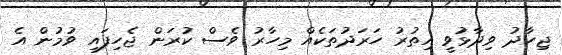
ޖިހާދު ވިދާޅުވީ އިތުރު ހަރަދުތަކެއް މިހާރު ވެސް ކުރަން ޖެހިފައި ވުމުން އެ